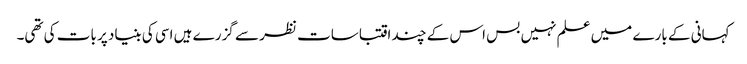
کہانی کے بارے میں علم نہیں بس اس کے چند اقتباسات نظر سے گزرے ہیں اسی کی بنیاد پر بات کی تھی۔